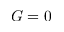
G = 0